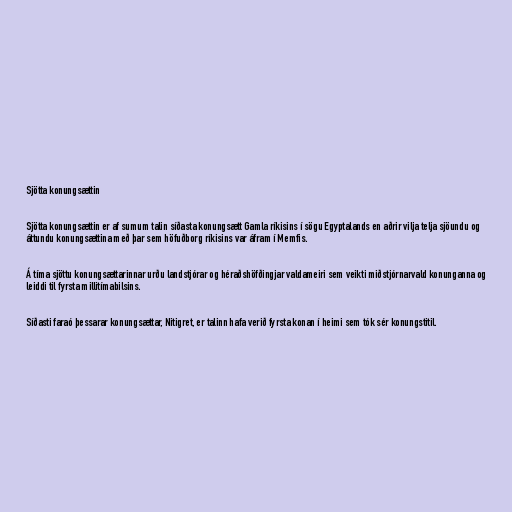
Sjötta konungsættin

Sjötta konungsættin er af sumum talin síðasta konungsætt Gamla ríkisins í sögu Egyptalands en aðrir vilja telja sjöundu og
áttundu konungsættina með þar sem höfuðborg ríkisins var áfram í Memfis.

Á tíma sjöttu konungsættarinnar urðu landstjórar og héraðshöfðingjar valdameiri sem veikti miðstjórnarvald konunganna og
leiddi til fyrsta millitímabilsins.

Síðasti faraó þessarar konungsættar, Nitigret, er talinn hafa verið fyrsta konan í heimi sem tók sér konungstitil.